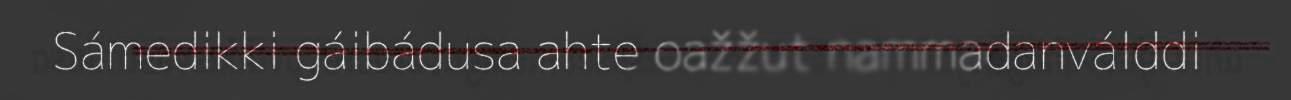
Sámedikki gáibádusa ahte oažžut nammadanválddi